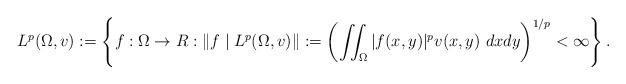
LaTeX: \begin{align*}L^{p}(\Omega,v):=\left\{ f:\Omega\to R:\| f\mid {L^{p}(\Omega,v)}\|:=\left(\iint_{\Omega}|f(x,y)|^{p}v(x,y)~dxdy\right)^{1/p}<\infty \right\}.\end{align*}